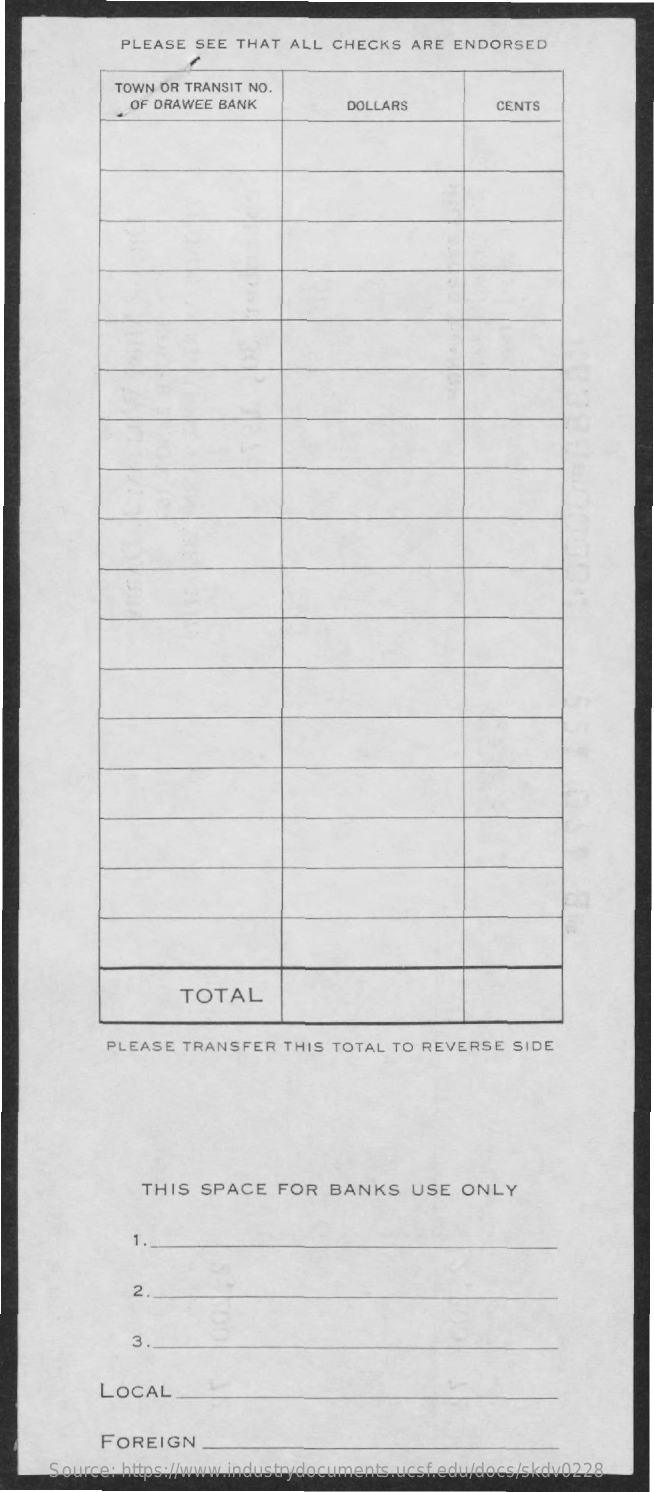
PLEASE  SEE THAT  ALL CHECKS   ARE ENDORSED
     TOWN OR TRANSIT NO.
     OF DRAWEE BANK    DOLLARS    CENTS
     TOTAL
     PLEASE  TRANSFER  THIS  TOTAL TO REVERSE   SIDE
     THIS  SPACE    FOR  BANKS    USE  ONLY
     1
     2
     3.
     LOCAL
     FOREIGN
     Source: https://www.industrydocuments.ucsf.edu/docs/skdv0228